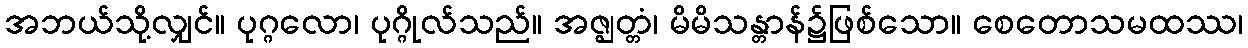
အဘယ်သို့လျှင်။ ပုဂ္ဂလော၊ ပုဂ္ဂိုလ်သည်။ အဇ္ဈတ္တံ၊ မိမိသန္တာန်၌ဖြစ်သော။ စေတောသမထဿ၊